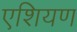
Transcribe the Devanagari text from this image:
एशियण